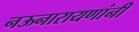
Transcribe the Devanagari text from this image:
नऊनारायणांनी